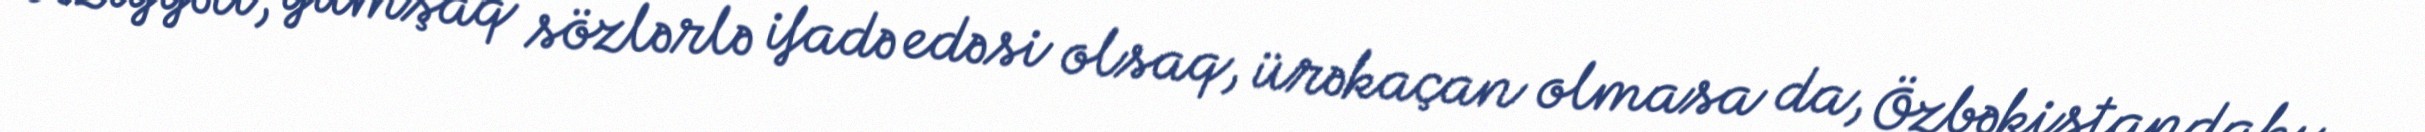
vəziyyəti, yumşaq sözlərlə ifadə edəsi olsaq, ürəkaçan olmasa da, Özbəkistandakı